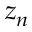
z _ { n }